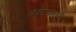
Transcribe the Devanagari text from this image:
आईएफएसी